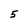
Character: 5